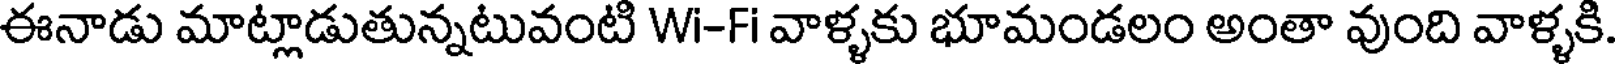
ఈనాడు మాట్లాడుతున్నటువంటి Wi-Fi వాళ్ళకు భూమండలం అంతా వుంది వాళ్ళకి